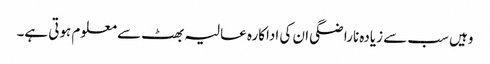
وہیں سب سے زیادہ ناراضگی ان کی اداکارہ عالیہ بھٹ سے معلوم ہوتی ہے۔